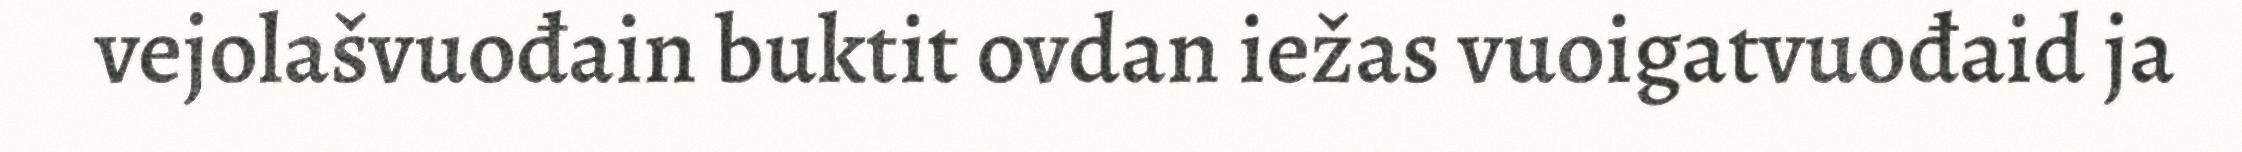
vejolašvuođain buktit ovdan iežas vuoigatvuođaid ja